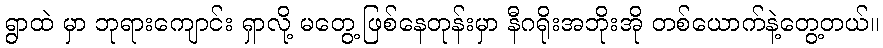
ရွာထဲ မှာ ဘုရားကျောင်း ရှာလို့ မတွေ့ ဖြစ်နေတုန်းမှာ နီဂရိုးအဘိုးအို တစ်ယောက်နဲ့တွေ့တယ်။